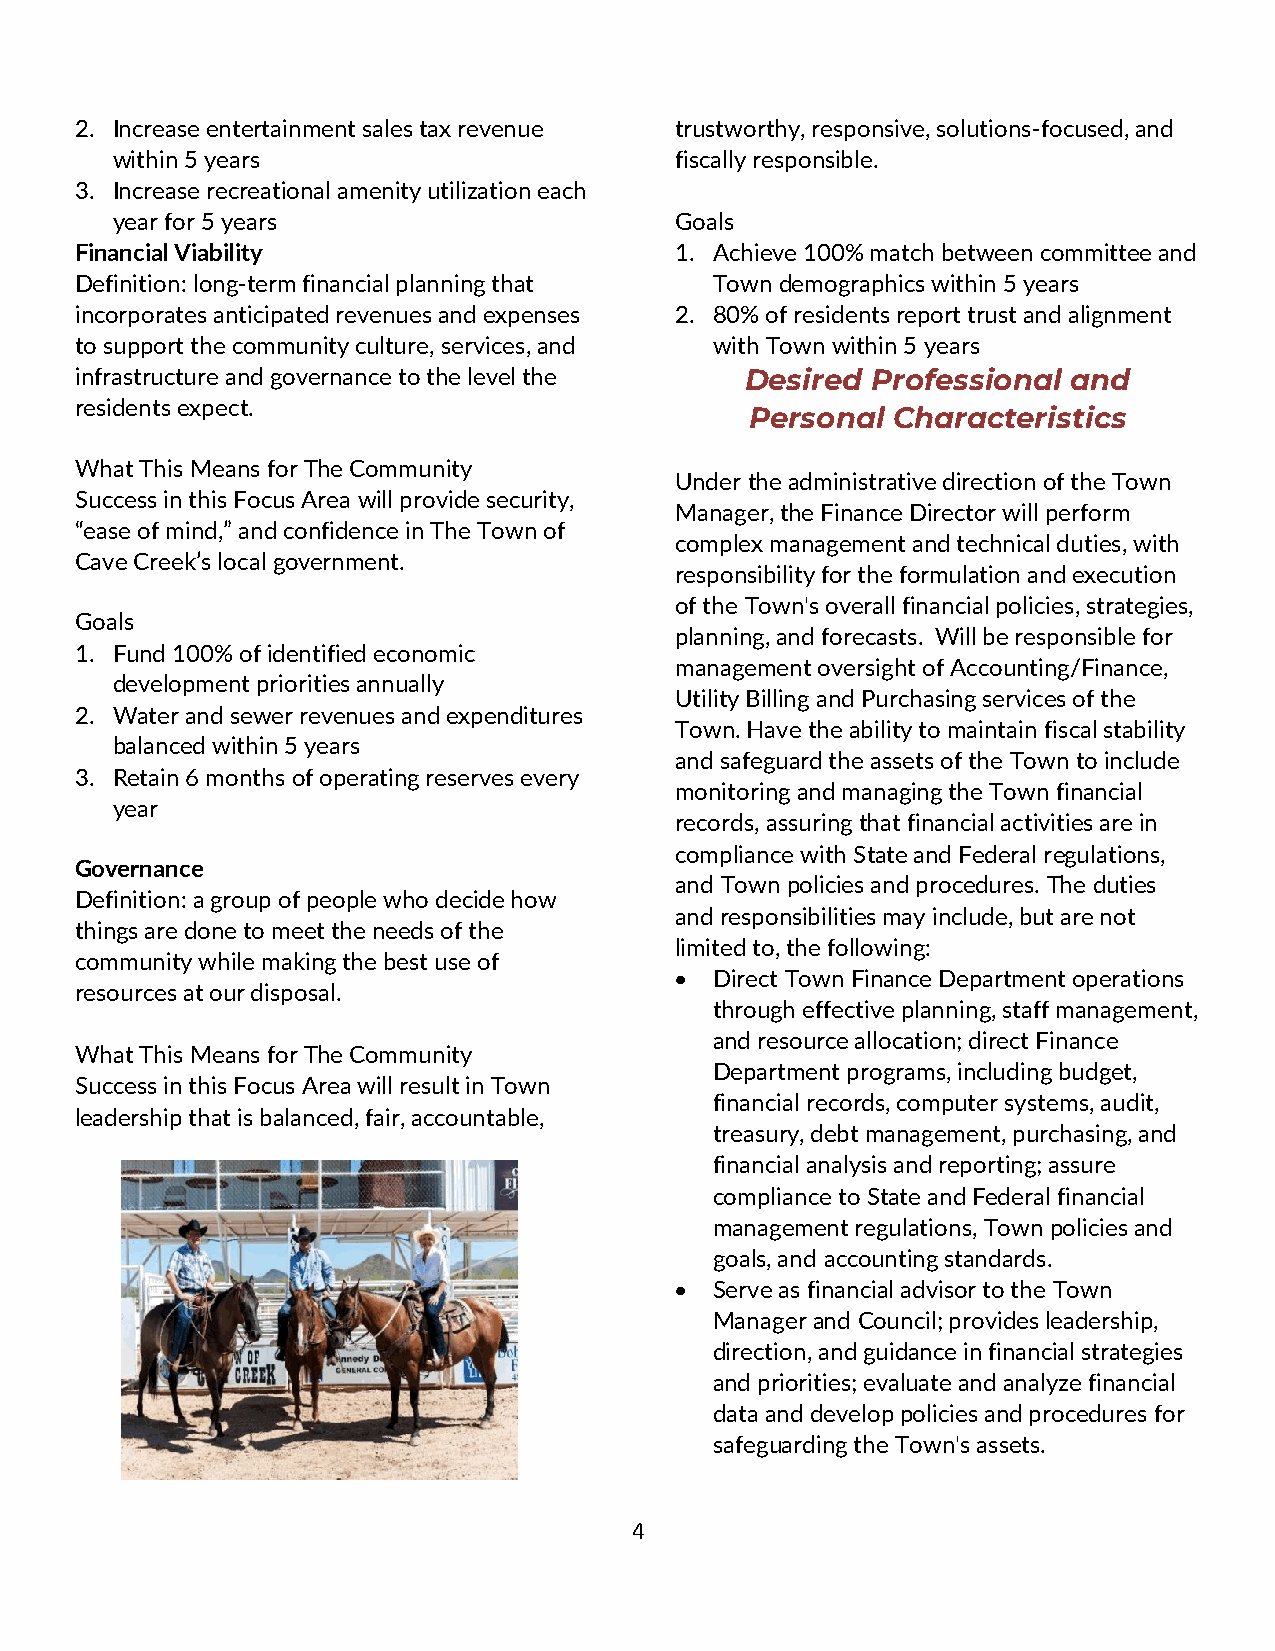
2. Increase entertainment sales tax revenue trustworthy, responsive, solutions-focused, and
 within 5 years                        fiscally responsible.
 3. Increase recreational amenity utilization each
 year for 5 years                      Goals
 Financial Viability                     1. Achieve 100% match between committee and
 Definition: long-term financial planning that Town demographics within 5 years
 incorporates anticipated revenues and expenses 2. 80% of residents report trust and alignment
 to support the community culture, services, and with Town within 5 years
 infrastructure and governance to the level the Desired Professional and
 residents expect.
 Personal Characteristics
 What This Means for The Community
 Under the administrative direction of the Town
 Success in this Focus Area will provide security,
 Manager, the Finance Director will perform
 “ease of mind,” and confidence in The Town of
 complex management and technical duties, with
 Cave Creek’s local government.
 responsibility for the formulation and execution
 of the Town's overall financial policies, strategies,
 Goals
 planning, and forecasts. Will be responsible for
 1. Fund 100% of identified economic
 management oversight of Accounting/Finance,
 development priorities annually
 Utility Billing and Purchasing services of the
 2. Water and sewer revenues and expenditures
 Town. Have the ability to maintain fiscal stability
 balanced within 5 years
 and safeguard the assets of the Town to include
 3. Retain 6 months of operating reserves every
 monitoring and managing the Town financial
 year
 records, assuring that financial activities are in
 compliance with State and Federal regulations,
 Governance
 and Town policies and procedures. The duties
 Definition: a group of people who decide how
 and responsibilities may include, but are not
 things are done to meet the needs of the
 limited to, the following:
 community while making the best use of
 • Direct Town Finance Department operations
 resources at our disposal.
 through effective planning, staff management,
 and resource allocation; direct Finance
 What This Means for The Community
 Department programs, including budget,
 Success in this Focus Area will result in Town
 financial records, computer systems, audit,
 leadership that is balanced, fair, accountable,
 treasury, debt management, purchasing, and
 financial analysis and reporting; assure
 compliance to State and Federal financial
 management regulations, Town policies and
 goals, and accounting standards.
 • Serve as financial advisor to the Town
 Manager and Council; provides leadership,
 direction, and guidance in financial strategies
 and priorities; evaluate and analyze financial
 data and develop policies and procedures for
 safeguarding the Town's assets.
 4